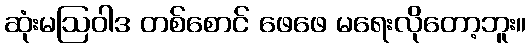
ဆုံးမဩဝါဒ တစ်စောင် ဖေဖေ မရေးလိုတော့ဘူး။